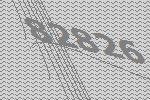
82826